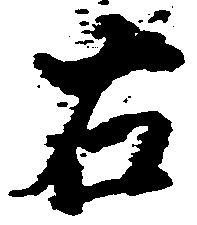
右